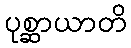
ပုစ္ဆာယာတိ